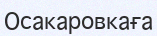
Осакаровкаға